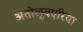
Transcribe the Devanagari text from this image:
अतोलुवएरिया